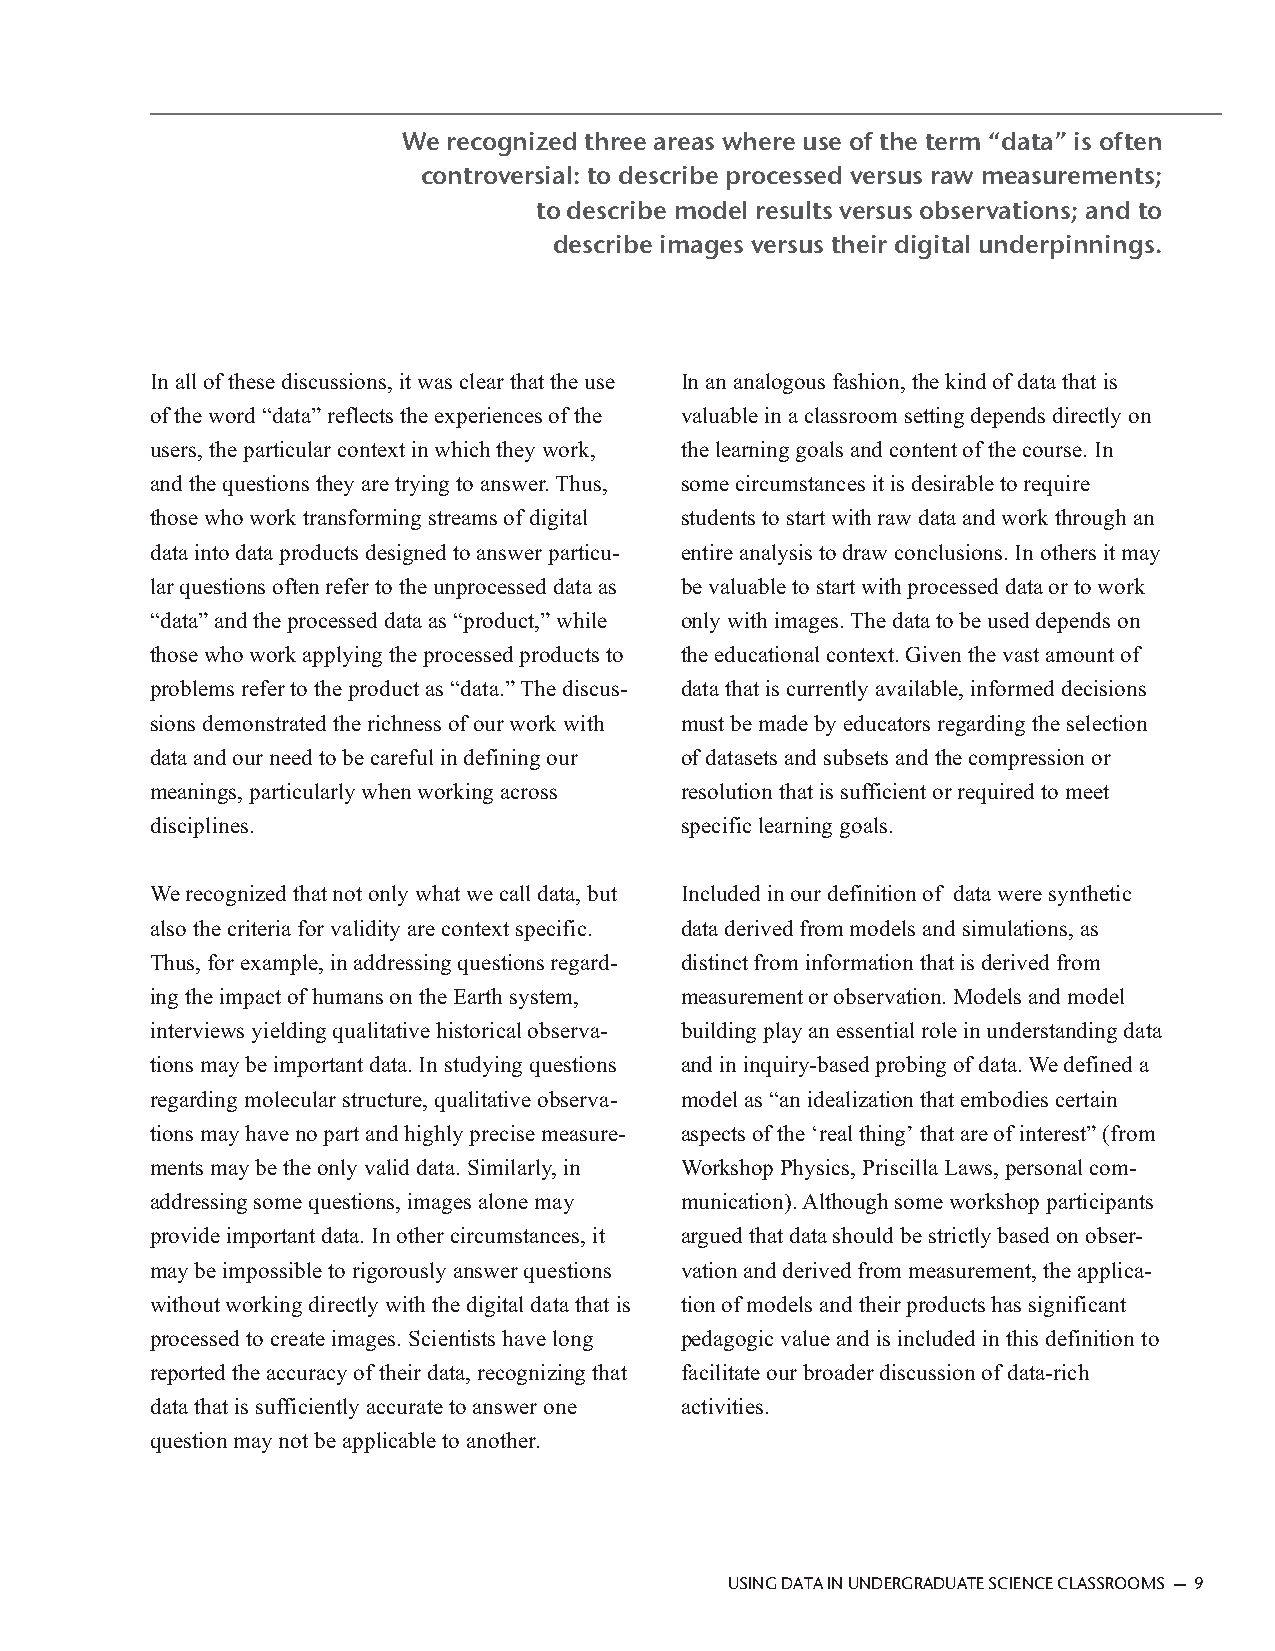
We recognized three areas where use of the term “data” is often
 controversial: to describe processed versus raw measurements;
 to describe model results versus observations; and to
 describe images versus their digital underpinnings.
 In all of these discussions, it was clear that the use In an analogous fashion, the kind of data that is
 of the word “data” reflects the experiences of the valuable in a classroom setting depends directly on
 users, the particular context in which they work, the learning goals and content of the course. In
 and the questions they are trying to answer. Thus, some circumstances it is desirable to require
 those who work transforming streams of digital students to start with raw data and work through an
 data into data products designed to answer particu- entire analysis to draw conclusions. In others it may
 lar questions often refer to the unprocessed data as be valuable to start with processed data or to work
 “data” and the processed data as “product,” while only with images. The data to be used depends on
 those who work applying the processed products to the educational context. Given the vast amount of
 problems refer to the product as “data.” The discus- data that is currently available, informed decisions
 sions demonstrated the richness of our work with must be made by educators regarding the selection
 data and our need to be careful in defining our of datasets and subsets and the compression or
 meanings, particularly when working across resolution that is sufficient or required to meet
 disciplines.                       specific learning goals.
 We recognized that not only what we call data, but Included in our definition of data were synthetic
 also the criteria for validity are context specific. data derived from models and simulations, as
 Thus, for example, in addressing questions regard- distinct from information that is derived from
 ing the impact of humans on the Earth system, measurement or observation. Models and model
 interviews yielding qualitative historical observa- building play an essential role in understanding data
 tions may be important data. In studying questions and in inquiry-based probing of data. We defined a
 regarding molecular structure, qualitative observa- model as “an idealization that embodies certain
 tions may have no part and highly precise measure- aspects of the ‘real thing’ that are of interest” (from
 ments may be the only valid data. Similarly, in Workshop Physics, Priscilla Laws, personal com-
 addressing some questions, images alone may munication). Although some workshop participants
 provide important data. In other circumstances, it argued that data should be strictly based on obser-
 may be impossible to rigorously answer questions vation and derived from measurement, the applica-
 without working directly with the digital data that is tion of models and their products has significant
 processed to create images. Scientists have long pedagogic value and is included in this definition to
 reported the accuracy of their data, recognizing that facilitate our broader discussion of data-rich
 data that is sufficiently accurate to answer one activities.
 question may not be applicable to another.
 USING DATA IN UNDERGRADUATE SCIENCE CLASSROOMS — 9